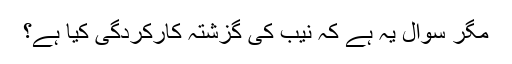
مگر سوال یہ ہے کہ نیب کی گزشتہ کارکردگی کیا ہے؟